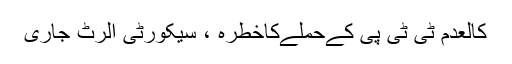
کالعدم ٹی ٹی پی کےحملےکاخطرہ ، سیکورٹی الرٹ جاری